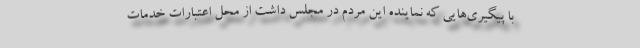
با پیگیری‌هایی که نماینده این مردم در مجلس داشت از محل اعتبارات خدمات